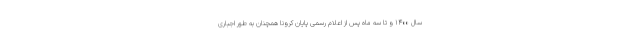
سال ۱۴۰۰ و تا سه ماه پس از اعلام رسمی پایان کرونا همچنان به طور اجباری